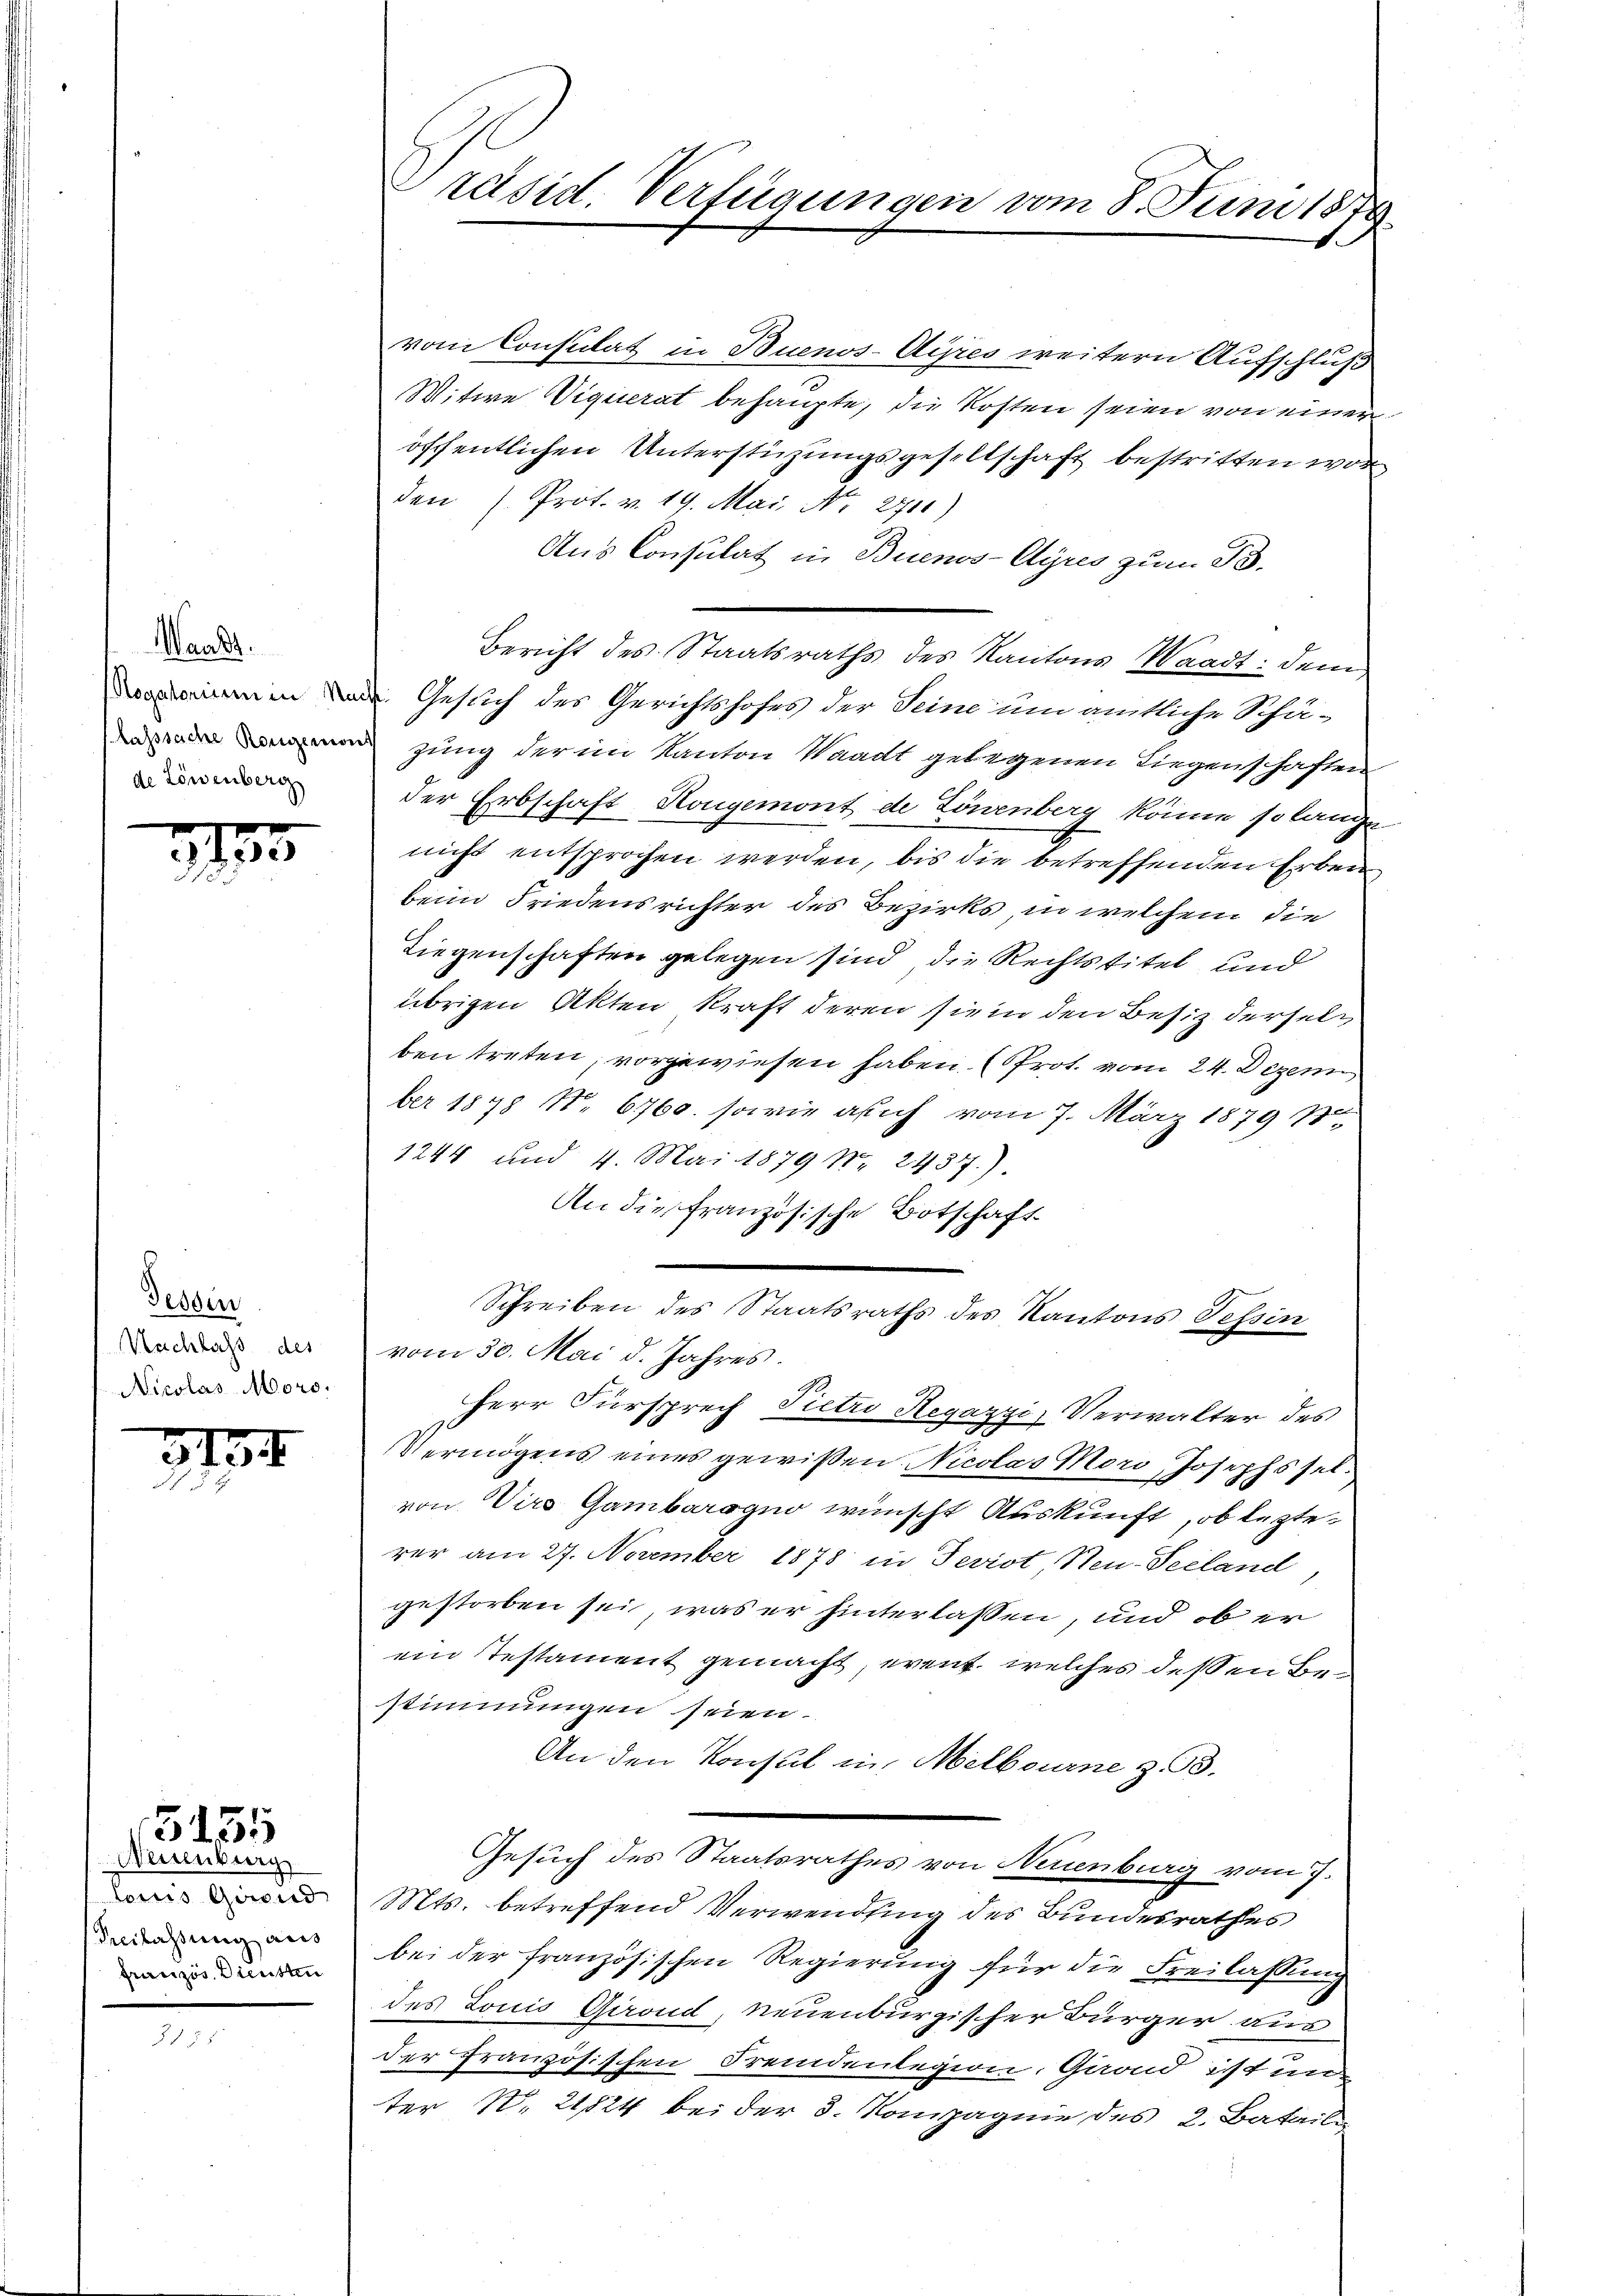
Waadt.
de Löwenberg

31

Fessen
Nachlass des
Nicolas Moro,

3134

3155

Feuburg
bene Garte
Freilassung aus
französ. Diensten

Präsid. Verfügungen vom 8. Juni 1870

vom Consulat in Buenos-Ayres weitern Aufschluß
Witwe Viquerat behaupte, die Kosten seien von einer
öffentlichen Unterstüzungsgesellschaft bestritten wor
den (Prot. v. 19. Mai, No 2711)
Aus Consulat in Buenos-Ayres zum B.
in Gesuch des Gerichtshofes der Seine um amtliche Schä-
zung der im Kanton Waadt gelegenen Liegenschaften
der Erbschaft Rougemont de Löwenberg könne so lange
nicht entsprochen werden, bis die betreffenden Erben
beim Friedensrichter des Bezirks, in welchem die
Liegenschaften gelegen sind, die Rechtstitel und
übrigen Akten kraft deren sie in den Besiz derselben treten, vorgewiesen haben. (Prot. vom 24. Dezem
ber 1878 No. 6760. sowie auch vom 7. März 1879 No
1244 und 4. Mai 1879 Nr. 2437).
An die französische Botschaft
.
Schreiben des Staatsraths des Kantons Tessin
vom 30. Mai d. Jahres.
Herr Fürsprech Pietro Regazzi, Verwalter des
Vermögens eines gewißen Nicolas Mord Josephsselvon Viro Gambarogno wünscht Auskunft, ob lezterer am 27. November 1878 in Terrot, Steu-Seeland,
gestorben sei, was er hinterlassen, und ob er
ein Testament gemacht, event, welches deßen Bestimmungen seien.
An den Konsul in Melbourne z. 3.
Gesuch des Staatsrathes von Neuenburg vom 7.
Mts. betreffend Verwendung des Bundesrathes
bei der französischen Regierung für die Freilassung
des Louis Girond, neuenburgischer Bürger aus
der französischen Fremdenlegion, Gaond ist un
ter N. 21824 bei der 3. Kompagnie des 2. Batail

Bericht des Staatsraths des Kantons Waadt: dem